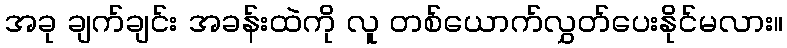
အခု ချက်ချင်း အခန်းထဲကို လူ တစ်ယောက်လွှတ်ပေးနိုင်မလား။